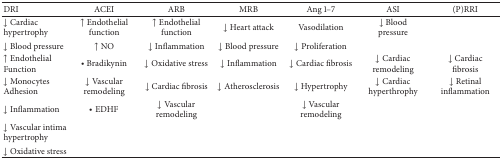
<table><thead><tr><td><b>DRI</b></td><td><b>ACEI</b></td><td><b>ARB</b></td><td><b>MRB</b></td><td><b>Ang 1–7</b></td><td><b>ASI</b></td><td><b>(P)RRI</b></td></tr></thead><tbody><tr><td>↓ Cardiachypertrophy</td><td>↑ Endothelial function</td><td>↑ Endothelialfunction</td><td>↓ Heart attack</td><td>Vasodilation</td><td>↓ Blood pressure</td><td> </td></tr><tr><td>↓ Blood pressure</td><td>↑ NO</td><td>↓ Inflammation</td><td>↓ Blood pressure</td><td>↓ Proliferation</td><td> </td><td> </td></tr><tr><td>↑ EndothelialFunction</td><td>• Bradikynin</td><td>↓ Oxidative stress</td><td>↓ Inflammation</td><td>↓ Cardiac fibrosis</td><td>↓ Cardiac remodeling</td><td>↓ Cardiac fibrosis</td></tr><tr><td>↓ MonocytesAdhesion</td><td>↓ Vascularremodeling</td><td>↓ Cardiac fibrosis</td><td>↓ Atherosclerosis</td><td>↓ Hypertrophy</td><td>↓ Cardiac hyperthrophy</td><td>↓ Retinal inflammation</td></tr><tr><td>↓ Inflammation</td><td>• EDHF</td><td>↓ Vascularremodeling</td><td> </td><td>↓ Vascular remodeling</td><td> </td><td> </td></tr><tr><td>↓ Vascular intima hypertrophy</td><td> </td><td> </td><td> </td><td> </td><td> </td><td> </td></tr><tr><td>↓ Oxidative stress</td><td> </td><td> </td><td> </td><td> </td><td> </td><td> </td></tr></tbody></table>